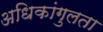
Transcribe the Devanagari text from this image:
अधिकांगुलता